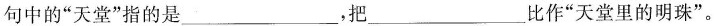
句中的”天堂”指的是___，把___比作”天堂里的明珠”。